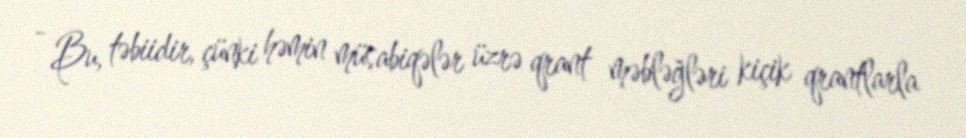
- Bu, təbiidir, çünki həmin müsabiqələr üzrə qrant məbləğləri kiçik qrantlarla